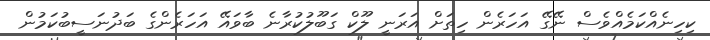
ކިހިނެއްކަމެއްވެސް ނޭގޭ އަހަރެން ހިތަށް އަރަނީ ލޫކް ގަބޫލުކުރާނެ ބާވައޭ އަހަރެންގެ ބަދުނަސީބުކަމުން